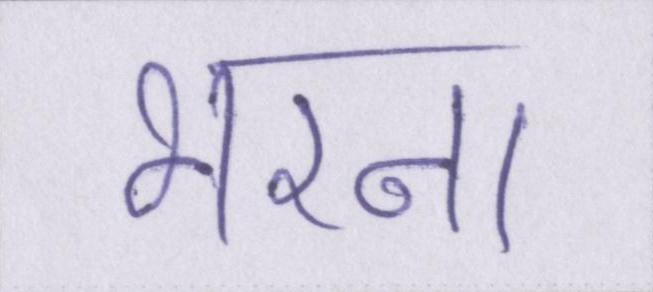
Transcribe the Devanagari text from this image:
भरना